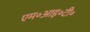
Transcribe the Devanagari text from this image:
एम॰आइ॰टी॰